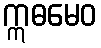
ဣဓမေဝ